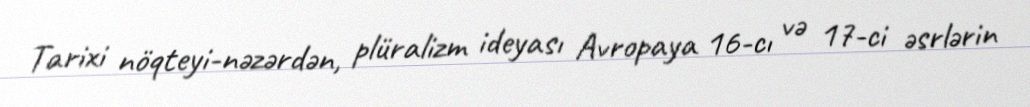
Tarixi nöqteyi-nəzərdən, plüralizm ideyası Avropaya 16-cı və 17-ci əsrlərin